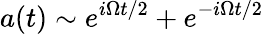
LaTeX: a(t)\sim e^{i\Omega t/2}+e^{-i\Omega t/2}